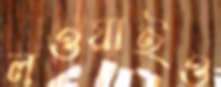
লওয়াইও